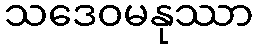
သဒေဝမနုဿာ